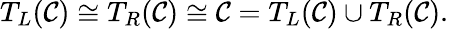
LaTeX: T_{L}({\mathcal{C}})\cong T_{R}({\mathcal{C}})\cong{\mathcal{C}}=T_{L}({\mathcal{C}})\cup T_{R}({\mathcal{C}}).